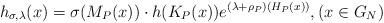
LaTeX: \begin{align*} h_{\sigma,\lambda}(x)= \sigma(M_P(x))\cdot h(K_P(x))e^{(\lambda+\rho_P)(H_P(x))}, (x\in G_N) \end{align*}